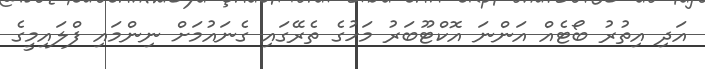
އަދި އިތުރު ބޯޓެއް އަންނަ އޮކްޓޫބަރު މަހުގެ ތެރޭގައި ގެނައުމަށް ނިންމައި ފްލައިމީގެ